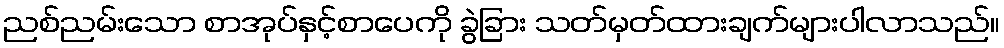
ညစ်ညမ်းသော စာအုပ်နှင့်စာပေကို ခွဲခြား သတ်မှတ်ထားချက်များပါလာသည်။